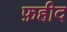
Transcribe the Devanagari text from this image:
फ़हीद